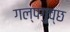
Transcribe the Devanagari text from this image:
गल्पगुच्छ